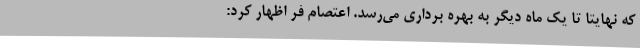
که نهایتا تا یک ماه دیگر به بهره برداری می‌رسد. اعتصام فر اظهار کرد: